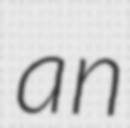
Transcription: an